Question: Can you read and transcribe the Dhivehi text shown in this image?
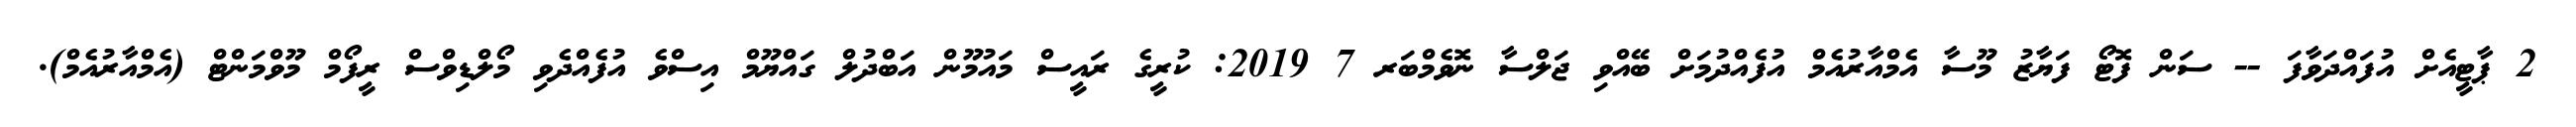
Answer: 2 ޕާޓީއެށް އުފައްދަވާފަ -- ސަން ފޮޓޯ ފަޔާޒު މޫސާ އެމްއާރުއެމް އުފެއްދުމަށް ބޭއްވި ޖަލްސާ ނޮވެމްބަރ 7 2019: ކުރީގެ ރައީސް މައުމޫން އަބްދުލް ގައްޔޫމް އިސްވެ އުފެއްދެވި މޯލްޑިވްސް ރީފޯމް މޫވްމަންޓް (އެމްއާރުއެމް).